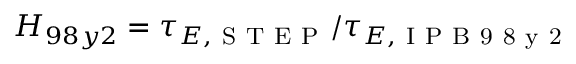
H _ { 9 8 y 2 } = \tau _ { E , \mathrm { ~ S ~ T ~ E ~ P ~ } } / \tau _ { E , \mathrm { ~ I ~ P ~ B ~ 9 ~ 8 ~ y ~ 2 ~ } }